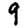
Digit: 9